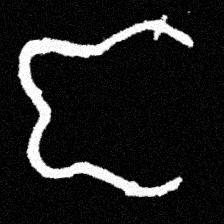
Pyu character \u2014 Myanmar letter: ဇ (romanized: ja)